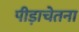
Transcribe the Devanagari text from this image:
पीड़ाचेतना